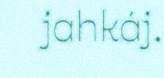
jahkáj.